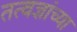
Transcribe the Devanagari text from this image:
तत्वज्ञांच्या